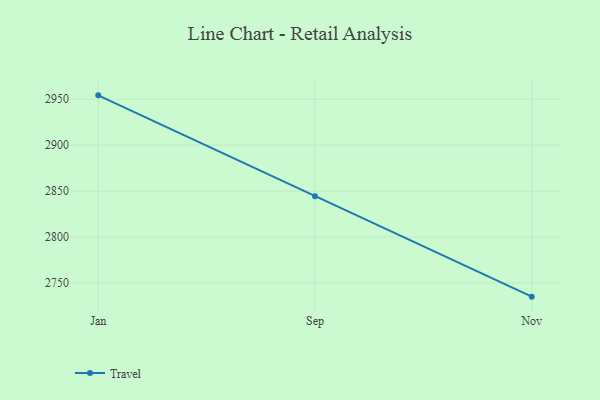
{"axis": {"x": "Month", "y": "Inventory Turnover"}, "legend": ["Travel"], "data": [{"x": "Jan", "y": 2954.2, "type": "Travel"}, {"x": "Sep", "y": 2844.2, "type": "Travel"}, {"x": "Nov", "y": 2735.0, "type": "Travel"}]}